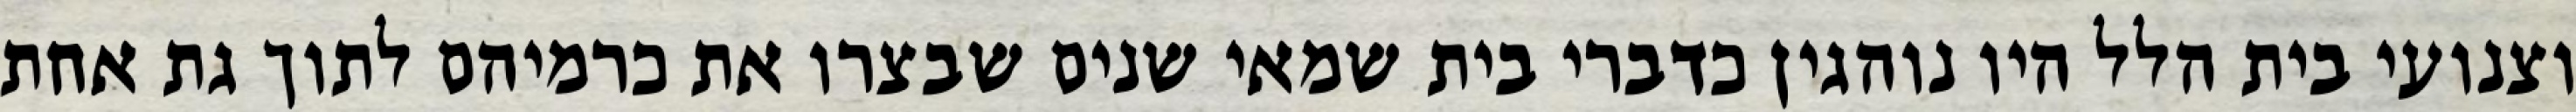
וצנועי בית הלל היו נוהגין כדברי בית שמאי שנים שבצרו את כרמיהם לתוך גת אחת